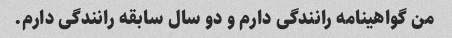
من گواهینامه رانندگی دارم و دو سال سابقه رانندگی دارم.